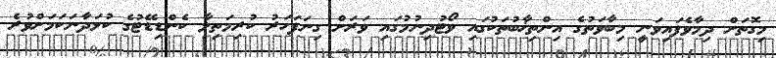
މިގޮތަށް ދިމާވެފައިވަނީ މިބާވަތުގެ އިންތިޚާބުތަކުގައި ވޯޓުދިނުމުގައި ވަރަށް ގިނަފަހަރު ކުރިމަތިލާ ކެންޑިޑޭޓުގެ ކުޅަދާނަކަމަށްވުރެ